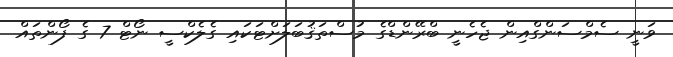
ވަނީ ސެމްސަންގްއިން ޖެހެނީ ބްރޭންޑްގެ މުސްތަޤުބަލަށްޓަކައި ގެލެކްސީ ނޯޓް 7 ގެ ފޯންތައް